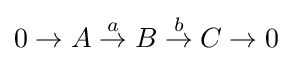
0\to A\mathrel {\stackrel {a}{\to }} B\mathrel {\stackrel {b}{\to }} C\to 0